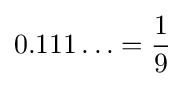
0.111\ldots ={\frac {1}{9}}